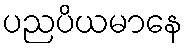
ပညပိယမာနေ